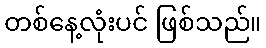
တစ်နေ့လုံးပင် ဖြစ်သည်။